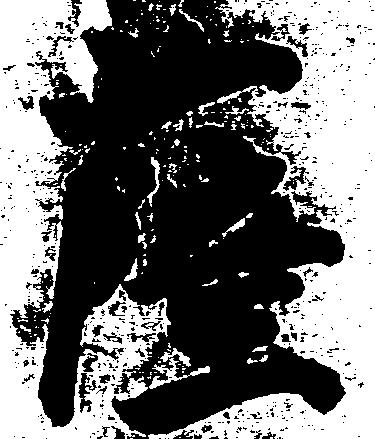
薩